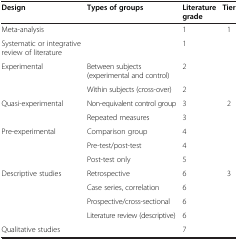
| Design | Types of groups | Literature grade | Tier |
 | --- | --- | --- | --- |
 | Meta-analysis |  | 1 | <ROWSPAN=4> 1 |
 | Systematic or integrative review of literature |  | 1 |
 | Experimental | Between subjects (experimental and control) | 2 |
 |  | Within subjects (cross-over) | 2 |
 | Quasi-experimental | Non-equivalent control group | 3 | <ROWSPAN=5> 2 |
 |  | Repeated measures | 3 |
 | Pre-experimental | Comparison group | 4 |
 |  | Pre-test/post-test | 4 |
 |  | Post-test only | 5 |
 | Descriptive studies | Retrospective | 6 | <ROWSPAN=5> 3 |
 |  | Case series, correlation | 6 |
 |  | Prospective/cross-sectional | 6 |
 |  | Literature review (descriptive) | 6 |
 | Qualitative studies |  | 7 |